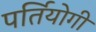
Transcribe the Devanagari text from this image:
पर्तियोगी